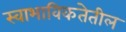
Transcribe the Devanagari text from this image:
स्वाभाविकतेतील